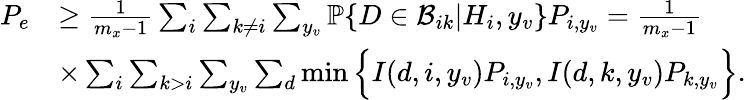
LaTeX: \begin{array}{rl}{P_{e}}&{\geq\frac{1}{m_{x}-1}\sum_{i}\sum_{k\neq i}\sum_{y_{v}}{\mathbb P}\{ D\in{\mathcal B}_{ik}|H_{i},y_{v}\} P_{i,y_{v}}=\frac{1}{m_{x}-1}}\\ &{\times\sum_{i}\sum_{k>i}\sum_{y_{v}}\sum_{d}\operatorname*{min}\Big\{ I(d,i,y_{v})P_{i,y_{v}},I(d,k,y_{v})P_{k,y_{v}}\Big\} .}\end{array}